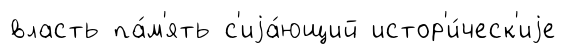
власть па́м'ять с'иjа́ющий истор'и́ческ'иjе